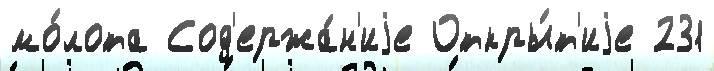
мо́лота Сод'ержа́н'иjе Откры́т'иjе 231